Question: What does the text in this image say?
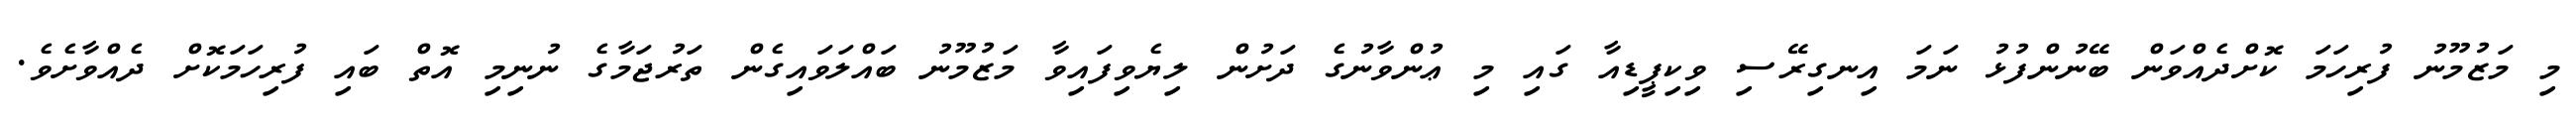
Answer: މި މަޒުމޫނު ފުރިހަމަ ކޮށްދެއްވަން ބޭނުންފުޅު ނަމަ އިނގިރޭސި ވިކިޕީޑިއާ ގައި މި ޢުންވާނުގެ ދަށުން ލިޔެވިފައިވާ މަޒުމޫނު ބައްލަވައިގެން ތަރުޖަމާގެ ނުނިމި އޮތް ބައި ފުރިހަމަކޮށް ދެއްވާށެވެ.